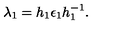
\lambda _ { 1 } = h _ { 1 } \epsilon _ { 1 } h _ { 1 } ^ { - 1 } .